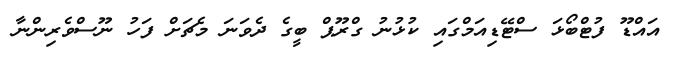
އައްޑޫ ފުޓްބޯޅަ ސްޓޭޑިއަމްގައި ކުޅުނު ގްރޫޕް ބީގެ ދެވަނަ މެޗަށް ފަހު ނޫސްވެރިންނާ